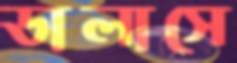
ডালাসে